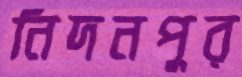
নিদনপুর